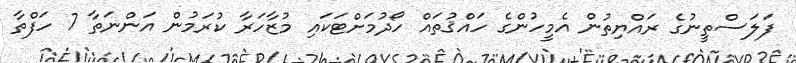
ފަލަސްތީނުގެ ރައްޔިތުން އެމީހުންގެ ހައްޤުތައް ހޯދުމަށްޓަކައި މުޒާހަރާ ކުރަމުން އަންނަތާ 7 ހަފްތާ